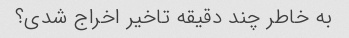
به خاطر چند دقیقه تاخیر اخراج شدی؟